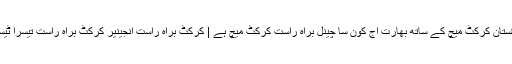
پاکستان کرکٹ میچ کے ساتھ بھارت اج کون سا چینل براہ راست کرکٹ میچ ہے | کرکٹ براہ راست انجینير کرکٹ براہ راست تیسرا ٹیسٹ